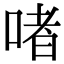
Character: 啫